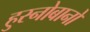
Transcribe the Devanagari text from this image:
हुस्नोबानो